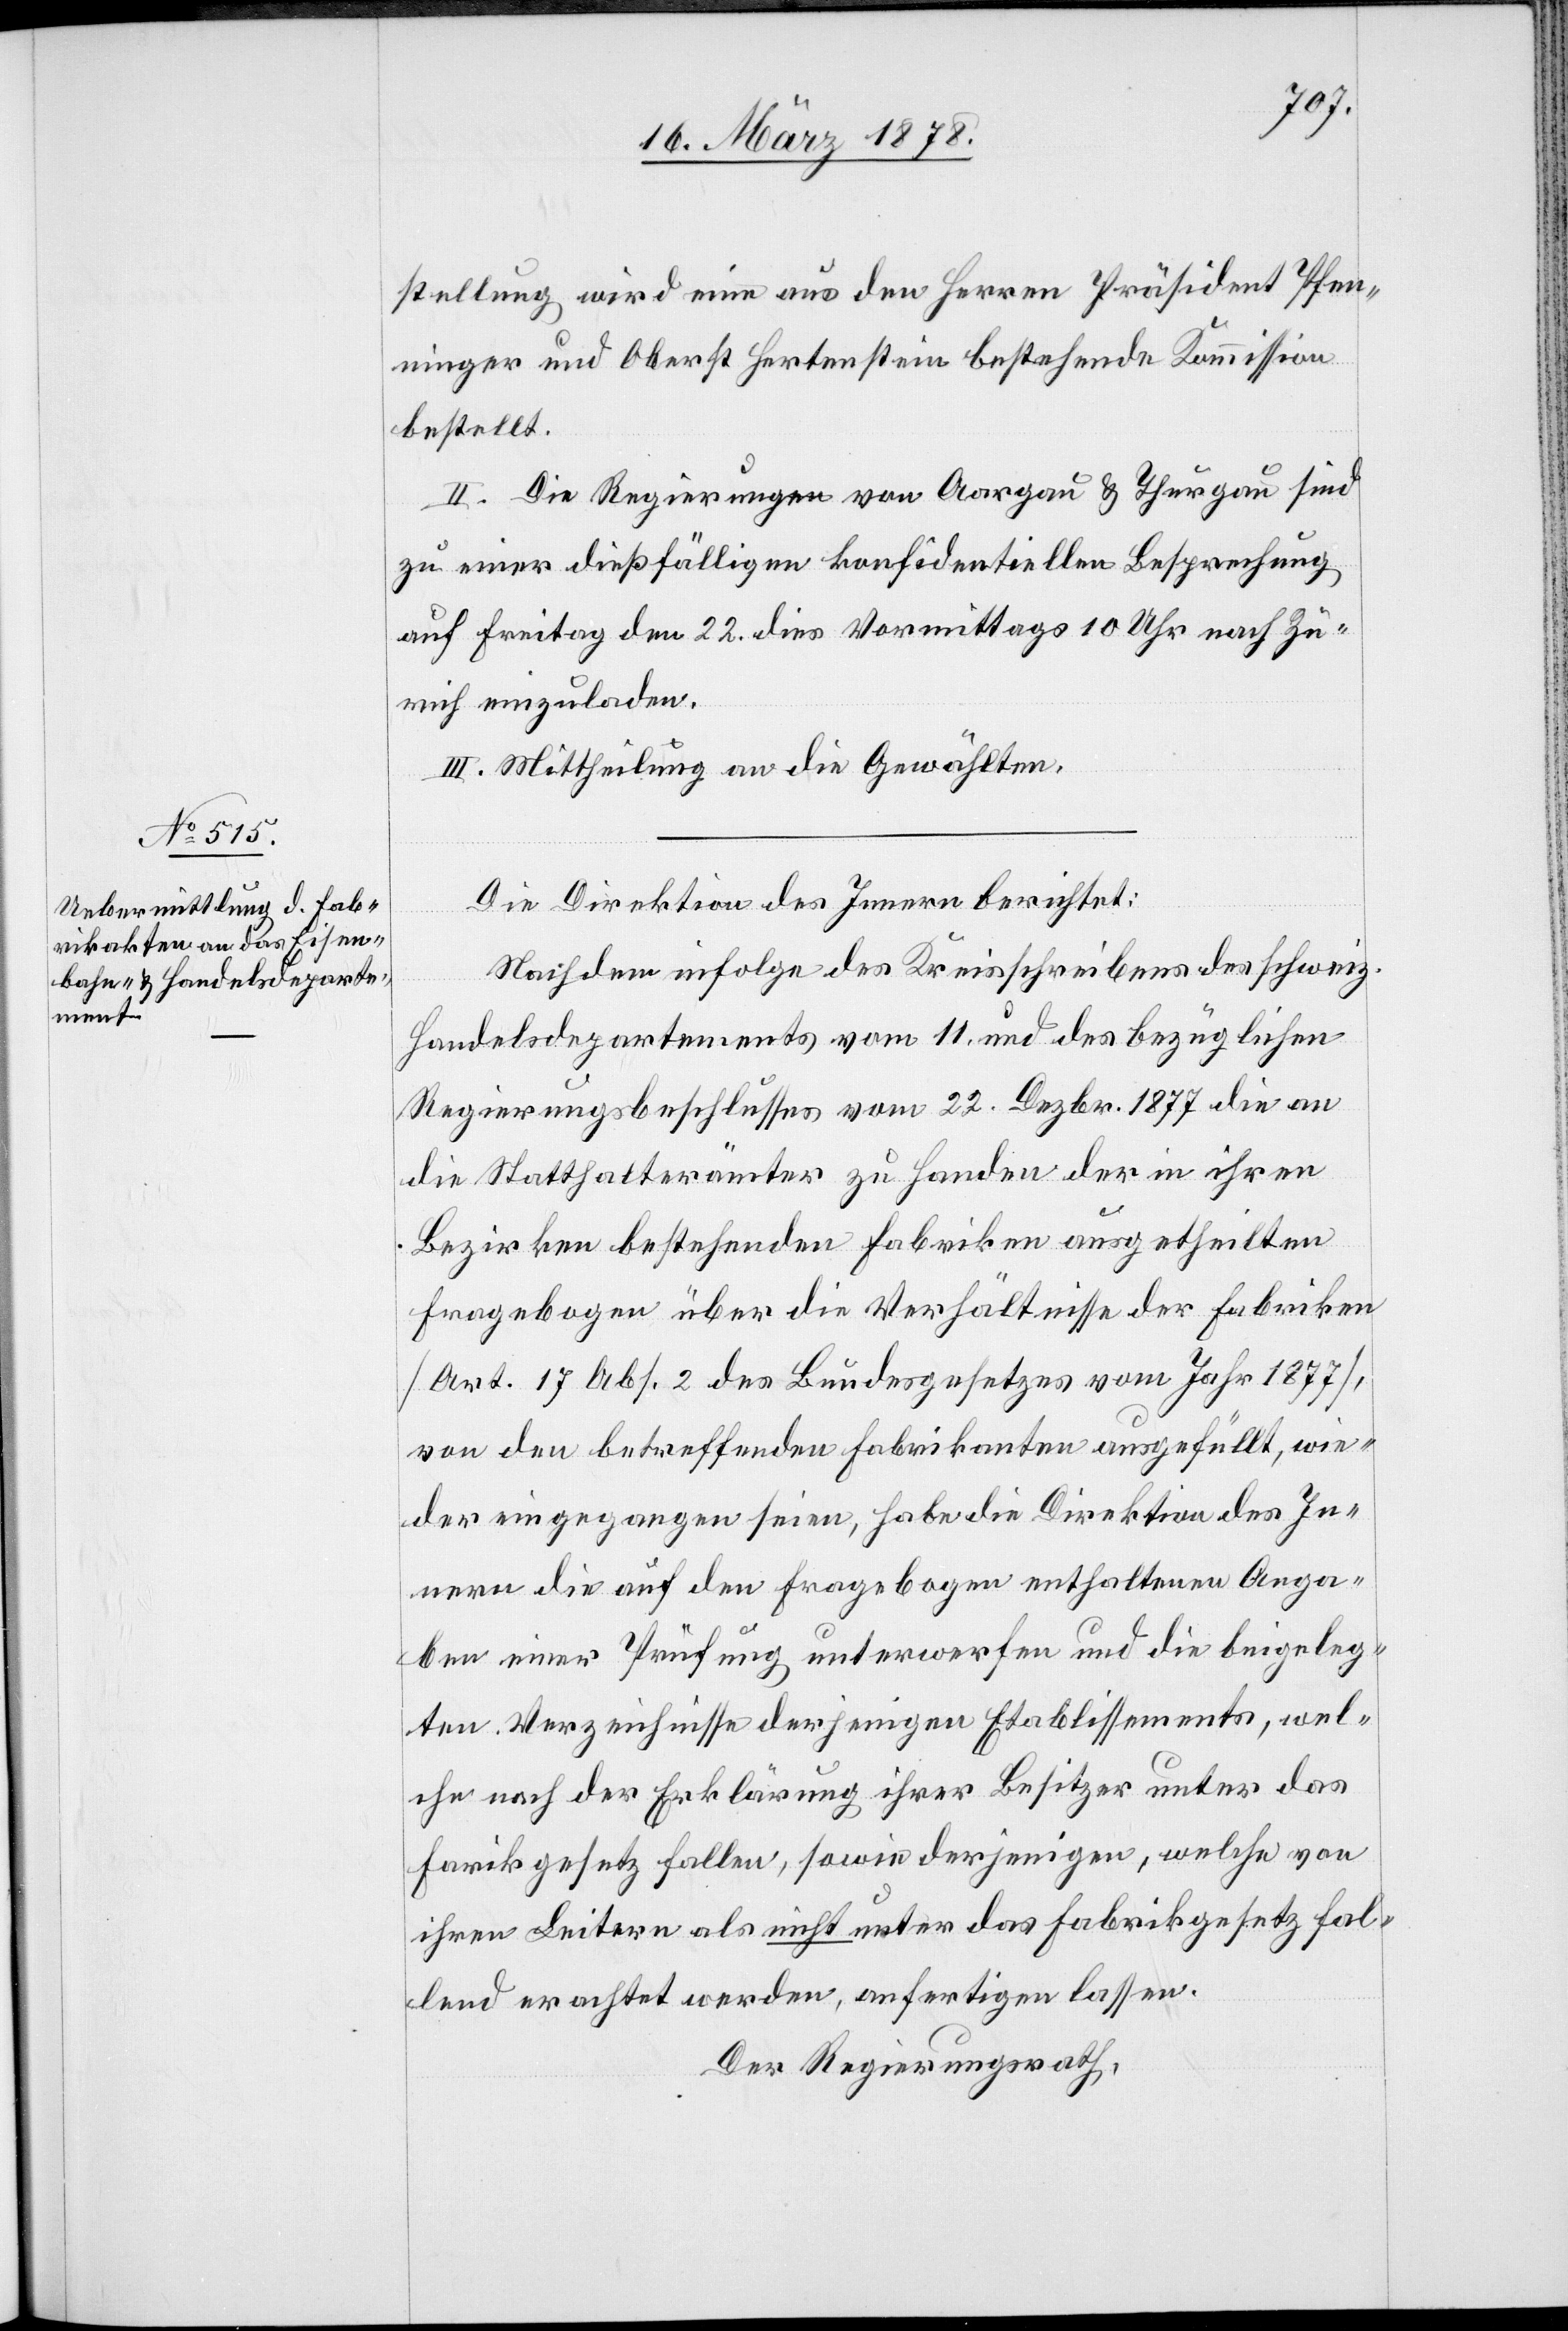
stellung wird eine aus den Herren Präsident Pfen¬
ninger und Oberst Hertenstein bestehende Kommission
bestellt.
II. Die Regierungen von Aargau & Thurgau sind
zu einer dießfälligen konfidentiellen Besprechung
auf Freitag den 22. dies Vormittags 10 Uhr nach Zü¬
rich einzuladen.
III. Mittheilung an die Gewählten.
Die Direktion des Innern berichtet:
Nachdem infolge des Kreisschreibens des schweiz.
Handelsdepartements vom 11. und des bezüglichen
Regierungsbeschlusses vom 22. Dezbr. 1877 die an
die Statthalterämter zu Handen der in ihren
Bezirken bestehenden Fabriken ausgetheilten
Fragebogen über die Verhältnisse der Fabriken
(Art. 17 Abs. 2 des Bundesgesetzes vom Jahr 1877),
von den betreffenden Fabrikanten ausgefüllt, wie¬
der eingegangen seien, habe die Direktion des In¬
nern die auf den Fragebogen enthaltenen Anga¬
ben einer Prüfung unterwerfen und die beigeleg¬
ten Verzeichnisse derjenigen Etablissements, wel¬
che nach der Erklärung ihrer Besitzer unter das
Fa[b]rikgesetz fallen, sowie derjenigen, welche von
ihren Leitern als nicht unter das Fabrikgesetz fal¬
lend erachtet werden, anfertigen lassen.
Der Regierungsrath,